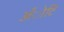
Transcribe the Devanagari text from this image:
अँोटि